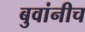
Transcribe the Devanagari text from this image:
बुवांनीच